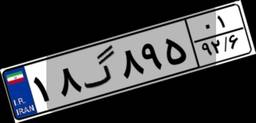
۴۲گ۳۳۹۱۹